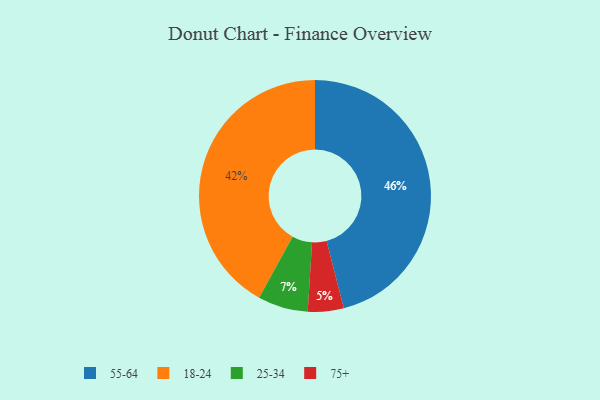
{"axis": {"x": "Category", "y": "Percentage"}, "legend": ["18-24", "25-34", "55-64", "75+"], "data": [{"x": "18-24", "y": 42, "type": "18-24"}, {"x": "25-34", "y": 7, "type": "25-34"}, {"x": "75+", "y": 5, "type": "75+"}, {"x": "55-64", "y": 46, "type": "55-64"}]}